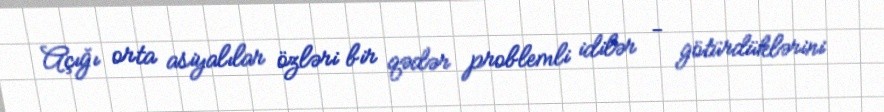
Açığı orta asiyalılar özləri bir qədər problemli idilər - götürdüklərini